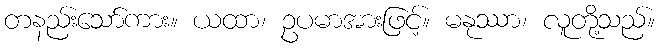
တနည်းသော်ကား။ ယထာ၊ ဥပမာအားဖြင့်။ မနုဿာ၊ လူတို့သည်။